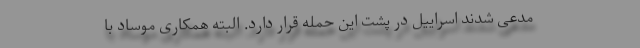
مدعی شدند اسراییل در پشت این حمله قرار دارد. البته همکاری موساد با